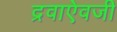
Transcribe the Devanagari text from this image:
द्रवाऐवजी